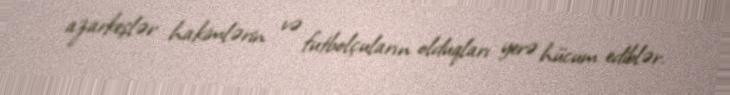
azarkeşlər hakimlərin və futbolçuların olduqları yerə hücum ediblər.